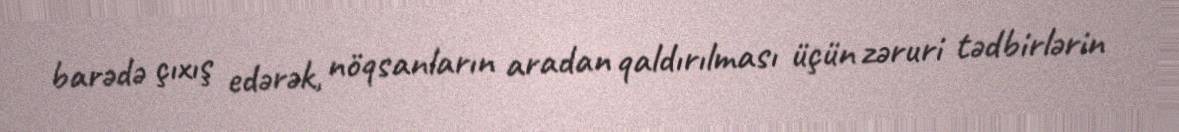
barədə çıxış edərək, nöqsanların aradan qaldırılması üçün zəruri tədbirlərin